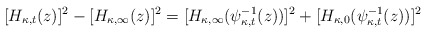
\begin{align*}[H_{\kappa, t}(z)]^2 - [H_{\kappa,\infty}(z)]^2 = [H_{\kappa,\infty}(\psi_{\kappa,t}^{-1}(z))]^2 + [H_{\kappa,0}(\psi_{\kappa,t}^{-1}(z))]^2\end{align*}